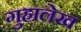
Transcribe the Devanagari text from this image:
गुहालेख